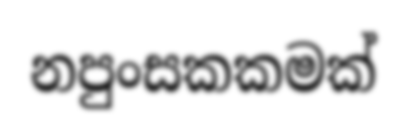
නපුංසකකමක්